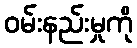
ဝမ်းနည်းမှုကို